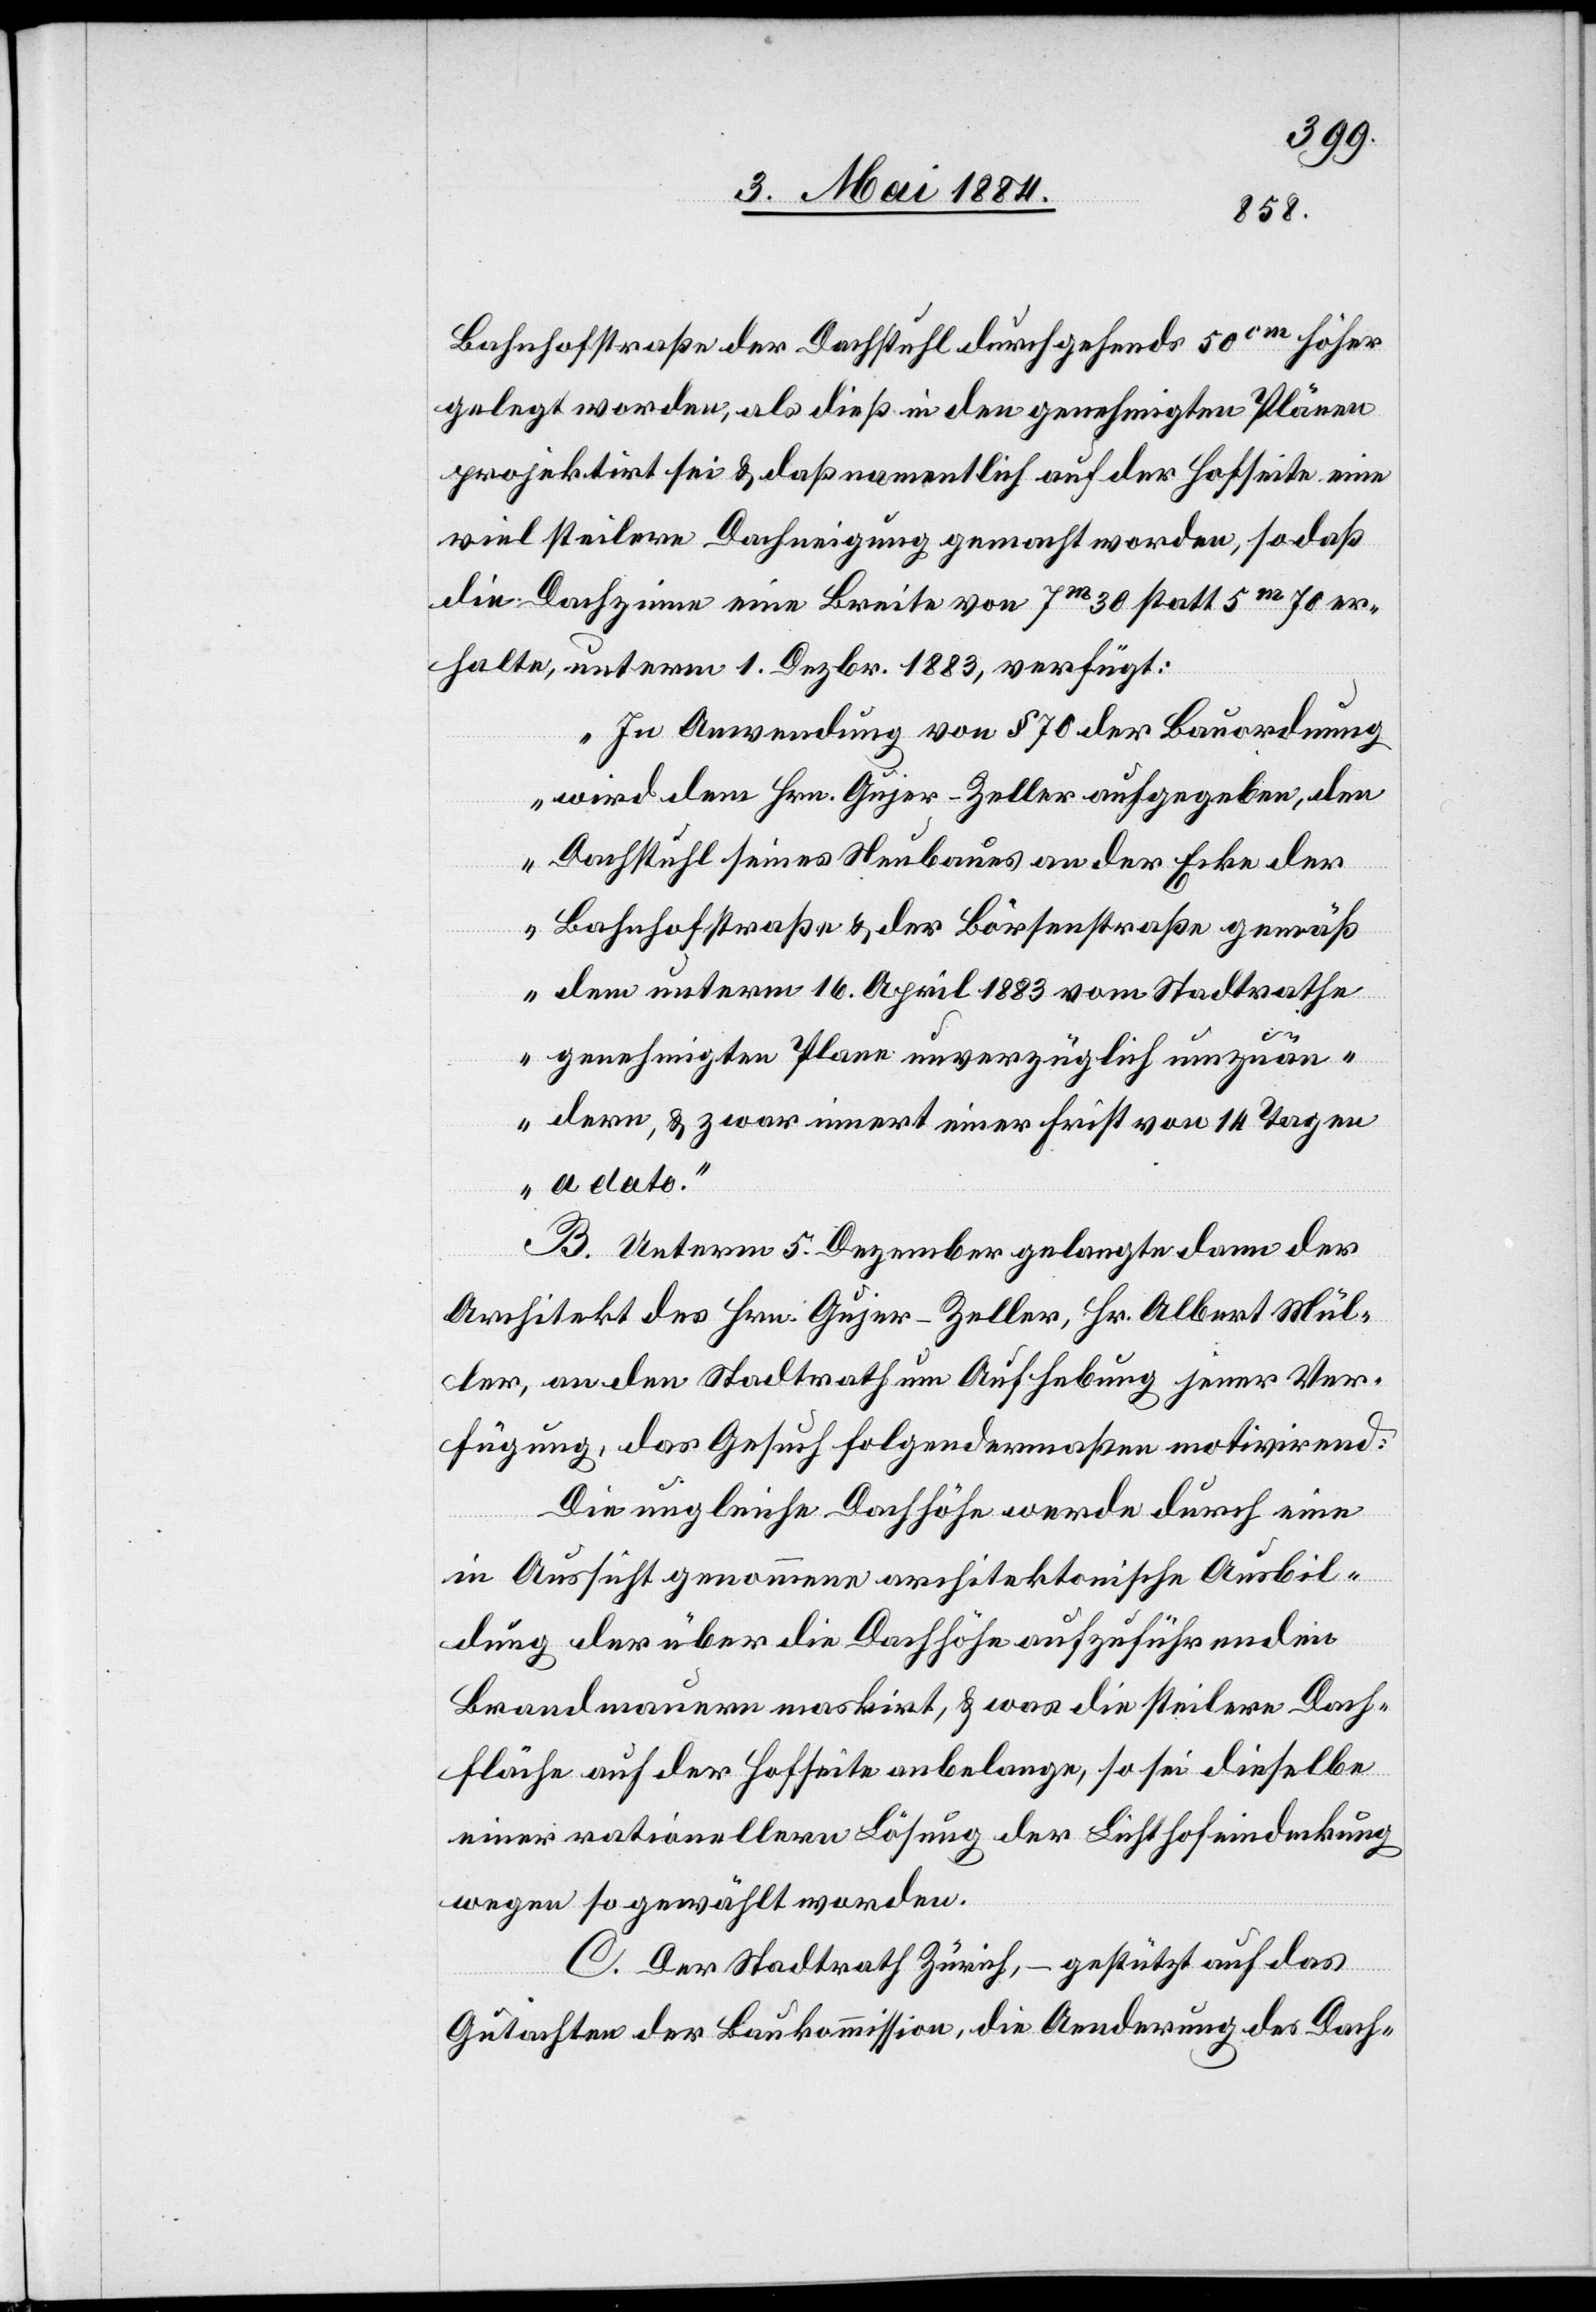
Bahnhofstraße der Dachstuhl durchgehends 50cm höher
gelegt worden, als dieß in den genehmigten Plänen
projektirt sei & daß namentlich auf der Hofseite eine
viel steilere Dachneigung gemacht worden, so daß
die Dachzinne eine Breite von 7m 30 statt 5m 70 er¬
halte, unterm 1. Dezbr. 1883 verfügt:
„In Anwendung von § 70 der Bauordnung
wird dem Hrn. Gujer-Zeller aufgegeben, den
Dachstuhl seines Neubaues an der Ecke der
Bahnhofstraße & der Börsenstraße gemäß
dem unterm 16. April 1883 vom Stadtrathe
genehmigten Plane unverzüglich umzuän¬
dern, & zwar innert einer Frist von 14 Tagen
a dato.“
B. Unterm 5. Dezember gelangte dann der
Architekt des Hrn. Gujer-Zeller, Hr. Albert Mül¬
ler, an den Stadtrath um Aufhebung jener Ver¬
fügung, das Gesuch folgendermaßen motivirend:
Die ungleiche Dachhöhe werde durch eine
in Aussicht genommene architektonische Ausbil¬
dung der über die Dachhöhe aufzuführenden
Brandmauern maskirt, & was die steilere Dach¬
fläche auf der Hofseite angelange, so sei dieselbe
einer rationellern Lösung der Lichthofeindeckung
wegen so gewählt worden.
C. Der Stadtrath Zürich, – gestützt auf das
Gutachten der Baukommission, die Aenderung des Dach-